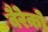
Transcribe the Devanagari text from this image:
बैरेको